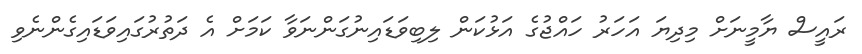
ރައީސް ޔާމީނަށް މިދިޔަ އަހަރު ހައްޖުގެ އަޅުކަން ލިބިވަޑައިނުގަންނަވާ ކަމަށް އެ ދަތުރުގައިވަޑައިގެންނެވި